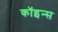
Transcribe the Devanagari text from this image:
कॉइन्स